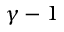
\gamma - 1